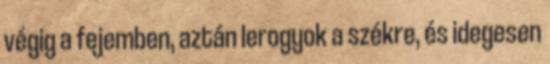
végig a fejemben, aztán lerogyok a székre, és idegesen